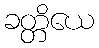
ခတ္တိယေ